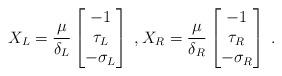
LaTeX: \begin{align*}X_L = \frac{\mu}{\delta_L}\begin{bmatrix} -1 \\ \tau_L \\ -\sigma_L \end{bmatrix} \;, X_R = \frac{\mu}{\delta_R}\begin{bmatrix} -1 \\ \tau_R \\ -\sigma_R \end{bmatrix} \;.\end{align*}